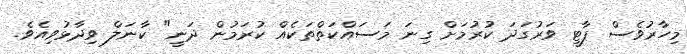
މިހާރުވެސް ޕާޓީ ވަރުގަދަ ކުރުމަށް ގިނަ މަސައްކަތްތަކެއް ކުރަމުން ދަނީ" ކާނަލް ވިދާޅުވިއެވެ.